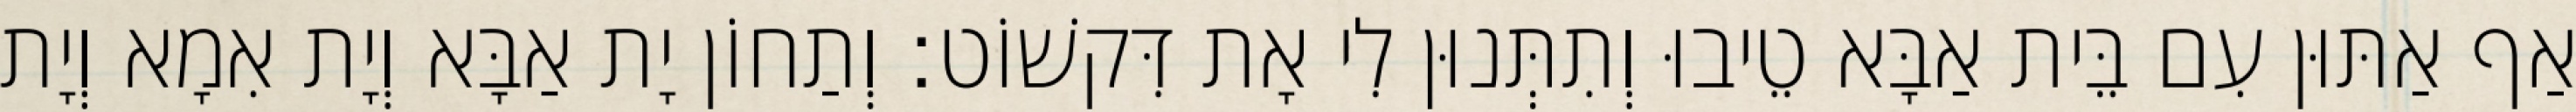
אַף אַתּוּן עִם בֵּית אַבָּא טֵיבוּ וְתִתְּנוּן לִי אָת דִּקשׁוֹט׃ וְתַחוֹן יָת אַבָּא וְיָת אִמָא וְיָת